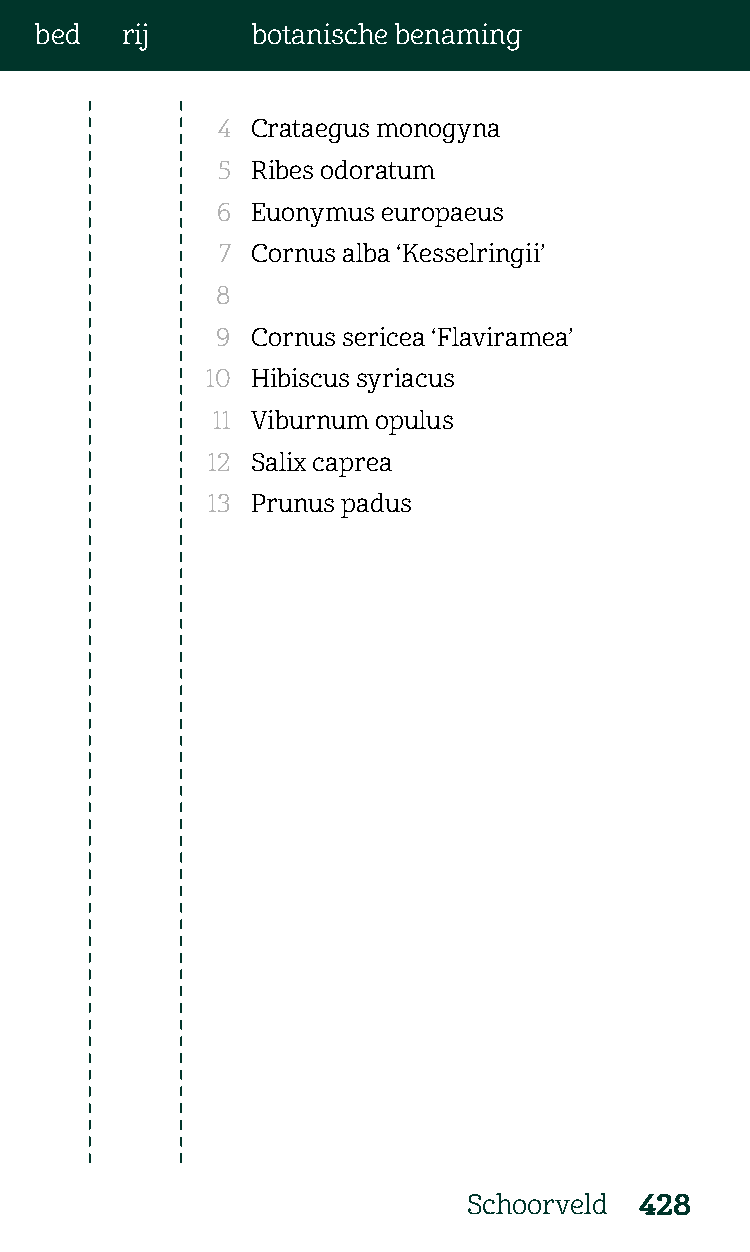
bed   rij      botanische benaming
 4  Crataegus monogyna
 5  Ribes odoratum
 6  Euonymus europaeus
 7  Cornus alba ‘Kesselringii’
 8
 9  Cornus sericea ‘Flaviramea’
 10 Hibiscus syriacus
 11 Viburnum opulus
 12 Salix caprea
 13 Prunus padus
 Schoorveld 428